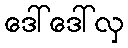
ဒေါ်ဒေါ်လှ